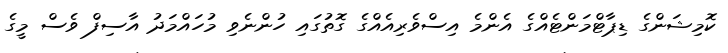
ކޮމިޝަންގެ ޑިޕާޓްމަންޓެއްގެ އެންމެ އިސްވެރިއެއްގެ ގޮތުގައި ހުންނެވި މުހައްމަދު އާސިފް ވެސް މީގެ